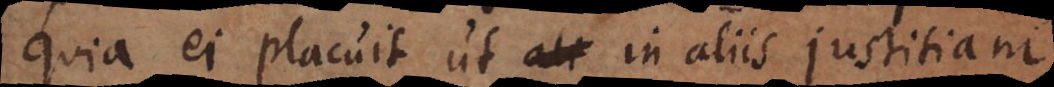
quia ei placuit ut in aliis justitiam